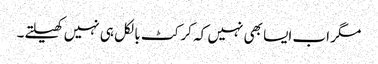
مگر اب ایسا بھی نہیں کہ کرکٹ بالکل ہی نہیں کھیلتے۔